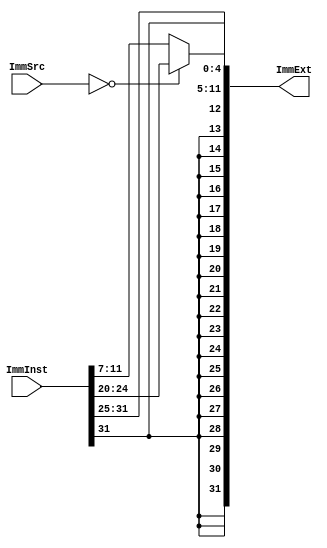
module Sign_Extension(ImmInst, ImmSrc, ImmExt);

    input [31:0] ImmInst;
    input [1:0] ImmSrc;
    output [31:0] ImmExt;

    assign ImmExt = (ImmSrc == 2'b00) ? {{20{ImmInst[31]}} , ImmInst[31:20]} : {{20{ImmInst[31]}} , ImmInst[31:25] , ImmInst[11:7]};

endmodule